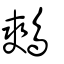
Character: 鷞